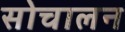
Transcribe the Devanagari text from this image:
सोचालन